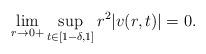
LaTeX: \begin{align*}\lim\limits_{r\to0+}\sup_{t\in[1-\delta,1]}r^2|v(r,t)|=0.\end{align*}